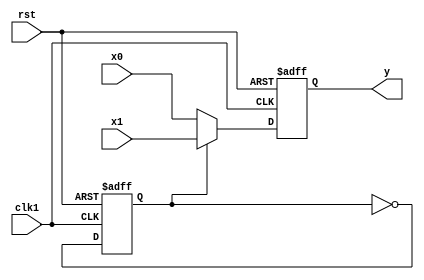
module polifase2comp(input clk1, rst, input [15:0] x0,x1, output reg [15:0] y);

	reg paridade;
	
	wire [15:0] next_y;
	
	always @(posedge clk1 or posedge rst)
	begin
		if(rst == 1)
		begin
			y <= 16'd0;
			paridade <= 1'b0;
		end
		else
		begin
			y <= next_y;
			paridade <= ~paridade;
		end
	end
	
	assign next_y = paridade ? x1 : x0;
	
endmodule